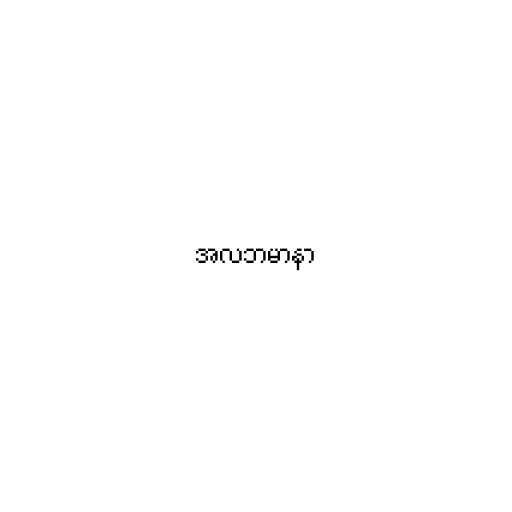
အလဘမာနာ